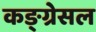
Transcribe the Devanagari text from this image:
कङ्ग्रेसल